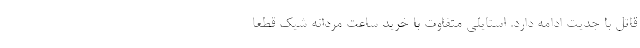
قاتل با جدیت ادامه دارد. استایلی متفاوت با خرید ساعت مردانه شیک قطعا